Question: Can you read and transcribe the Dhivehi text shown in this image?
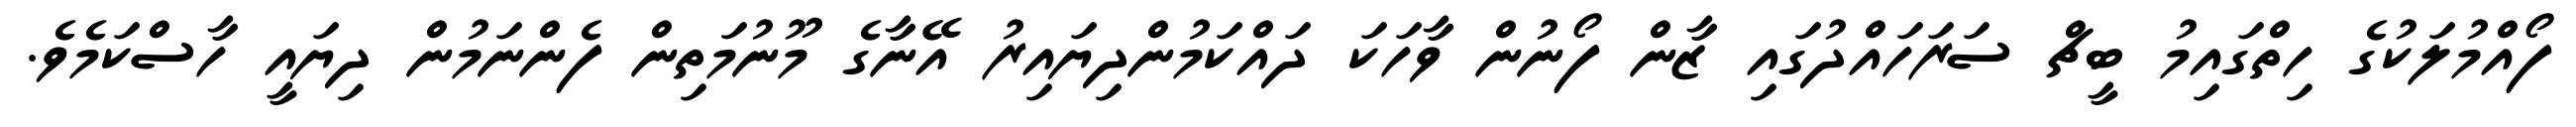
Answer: ފޯއްމުލަކުގެ ހިތްގައިމު ބީޗް ސަރަހައްދުގައި ޒާން ފޯނުން ވާހަކަ ދައްކަމުންދިޔައިރު އޭނާގެ މޫނުމަތިން ފެންނަމުން ދިޔައީ ހާސްކަމެވެ.